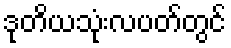
ဒုတိယသုံးလပတ်တွင်